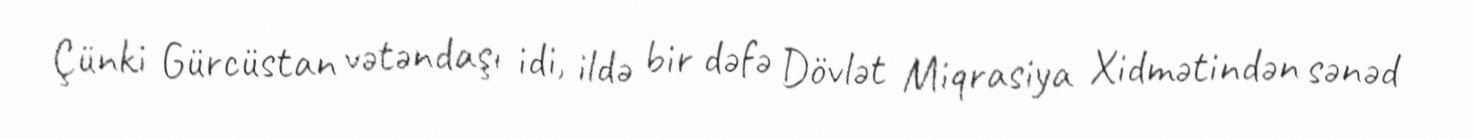
Çünki Gürcüstan vətəndaşı idi, ildə bir dəfə Dövlət Miqrasiya Xidmətindən sənəd